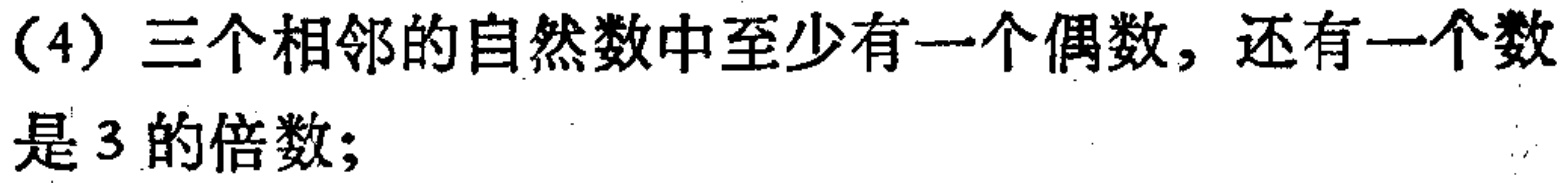
(4) 三个相邻的自然数中至少有一个偶数，还有一个数是 3 的倍数;